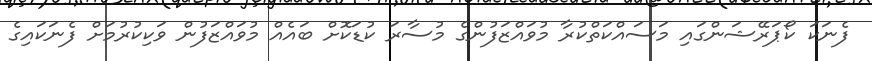
ފެނަކަ ކޯޕަރޭޝަންގައި މަސައްކަތްކުރާ މުވައްޒަފުންގެ މުސާރަ ކުޑަކޮށް ބައެއް މުވައްޒަފުން ވަކިކުރުމަށް ފެނަކައިގެ